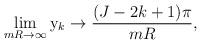
LaTeX: \begin{align*}\lim_{mR\to\infty} {\rm y}_k \to {(J-2k+1)\pi\over mR},\end{align*}